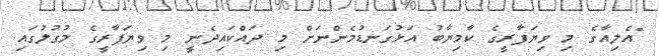
"އެލިއާގެ މި ވިޔަފާރީގެ ކާމިޔާބު އަޅުގަނޑުމެންނަށް މި ދައްކައިދެނީ މި ވިޔަފާރީގެ މުގުލުގައި